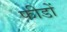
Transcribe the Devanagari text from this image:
फीडों